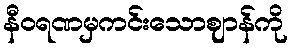
နီဝရဏမှကင်းသောဈာန်ကို